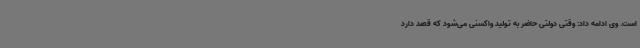
است. وی ادامه داد: وقتی دولتی حاضر به تولید واکسنی می‌شود که قصد دارد